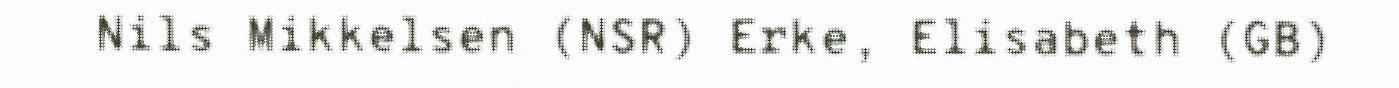
Nils Mikkelsen (NSR) Erke, Elisabeth (GB)